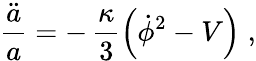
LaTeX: \frac{\ddot{a}}{a}=-\, \frac{\kappa}{3}\left({\dot{\phi}}^{2}-V\right)\; ,